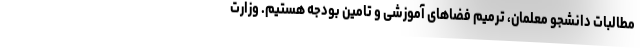
مطالبات دانشجو معلمان، ترمیم فضاهای آموزشی و تامین بودجه هستیم. وزارت